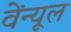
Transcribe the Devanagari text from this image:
वेंन्यूल